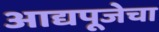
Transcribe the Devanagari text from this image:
आद्यपूजेचा